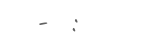
-  :